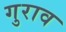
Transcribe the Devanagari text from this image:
गुराव